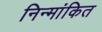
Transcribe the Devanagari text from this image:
निन्मांकित